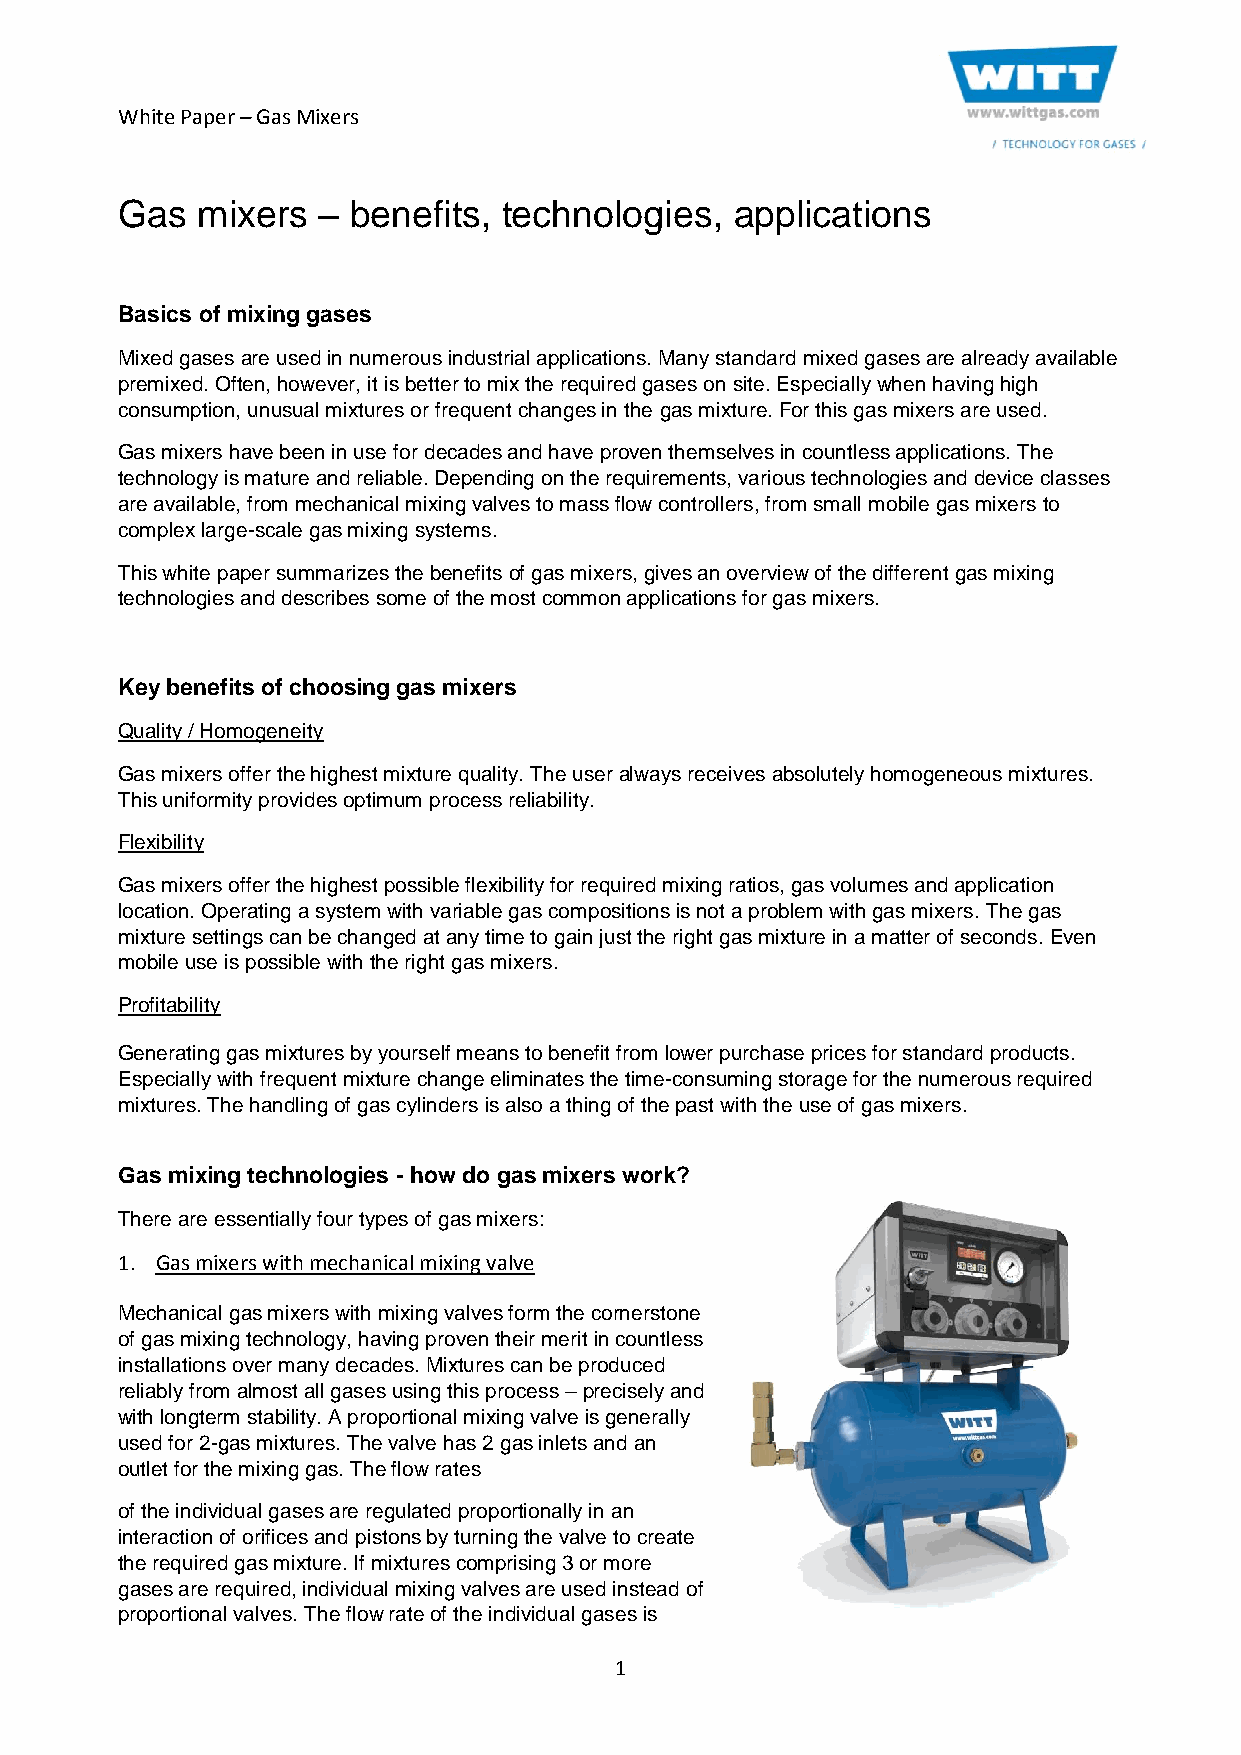
White Paper – Gas Mixers
 Gas  mixers  – benefits, technologies,   applications
 Basics of mixing gases
 Mixed gases are used in numerous industrial applications. Many standard mixed gases are already available
 premixed. Often, however, it is better to mix the required gases on site. Especially when having high
 consumption, unusual mixtures or frequent changes in the gas mixture. For this gas mixers are used.
 Gas mixers have been in use for decades and have proven themselves in countless applications. The
 technology is mature and reliable. Depending on the requirements, various technologies and device classes
 are available, from mechanical mixing valves to mass flow controllers, from small mobile gas mixers to
 complex large-scale gas mixing systems.
 This white paper summarizes the benefits of gas mixers, gives an overview of the different gas mixing
 technologies and describes some of the most common applications for gas mixers.
 Key benefits of choosing gas mixers
 Quality / Homogeneity
 Gas mixers offer the highest mixture quality. The user always receives absolutely homogeneous mixtures.
 This uniformity provides optimum process reliability.
 Flexibility
 Gas mixers offer the highest possible flexibility for required mixing ratios, gas volumes and application
 location. Operating a system with variable gas compositions is not a problem with gas mixers. The gas
 mixture settings can be changed at any time to gain just the right gas mixture in a matter of seconds. Even
 mobile use is possible with the right gas mixers.
 Profitability
 Generating gas mixtures by yourself means to benefit from lower purchase prices for standard products.
 Especially with frequent mixture change eliminates the time-consuming storage for the numerous required
 mixtures. The handling of gas cylinders is also a thing of the past with the use of gas mixers.
 Gas mixing technologies - how do gas mixers work?
 There are essentially four types of gas mixers:
 1. Gas mixers with mechanical mixing valve
 Mechanical gas mixers with mixing valves form the cornerstone
 of gas mixing technology, having proven their merit in countless
 installations over many decades. Mixtures can be produced
 reliably from almost all gases using this process – precisely and
 with longterm stability. A proportional mixing valve is generally
 used for 2-gas mixtures. The valve has 2 gas inlets and an
 outlet for the mixing gas. The flow rates
 of the individual gases are regulated proportionally in an
 interaction of orifices and pistons by turning the valve to create
 the required gas mixture. If mixtures comprising 3 or more
 gases are required, individual mixing valves are used instead of
 proportional valves. The flow rate of the individual gases is
 1